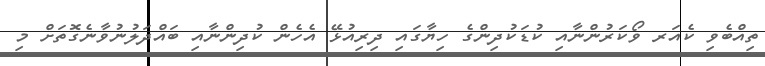
ތިއްބެވި ކެއަރ ވޯކަރުންނާއި ކުޑަކުދިންގެ ހިޔާގައި ދިރިއުޅޭ އެހެން ކުދިންނާއި ބައްދަލުނުވާނެގޮތަށް މި